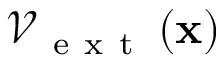
\mathcal { V } _ { \mathrm { ~ e ~ x ~ t ~ } } \left( { \bf x } \right)